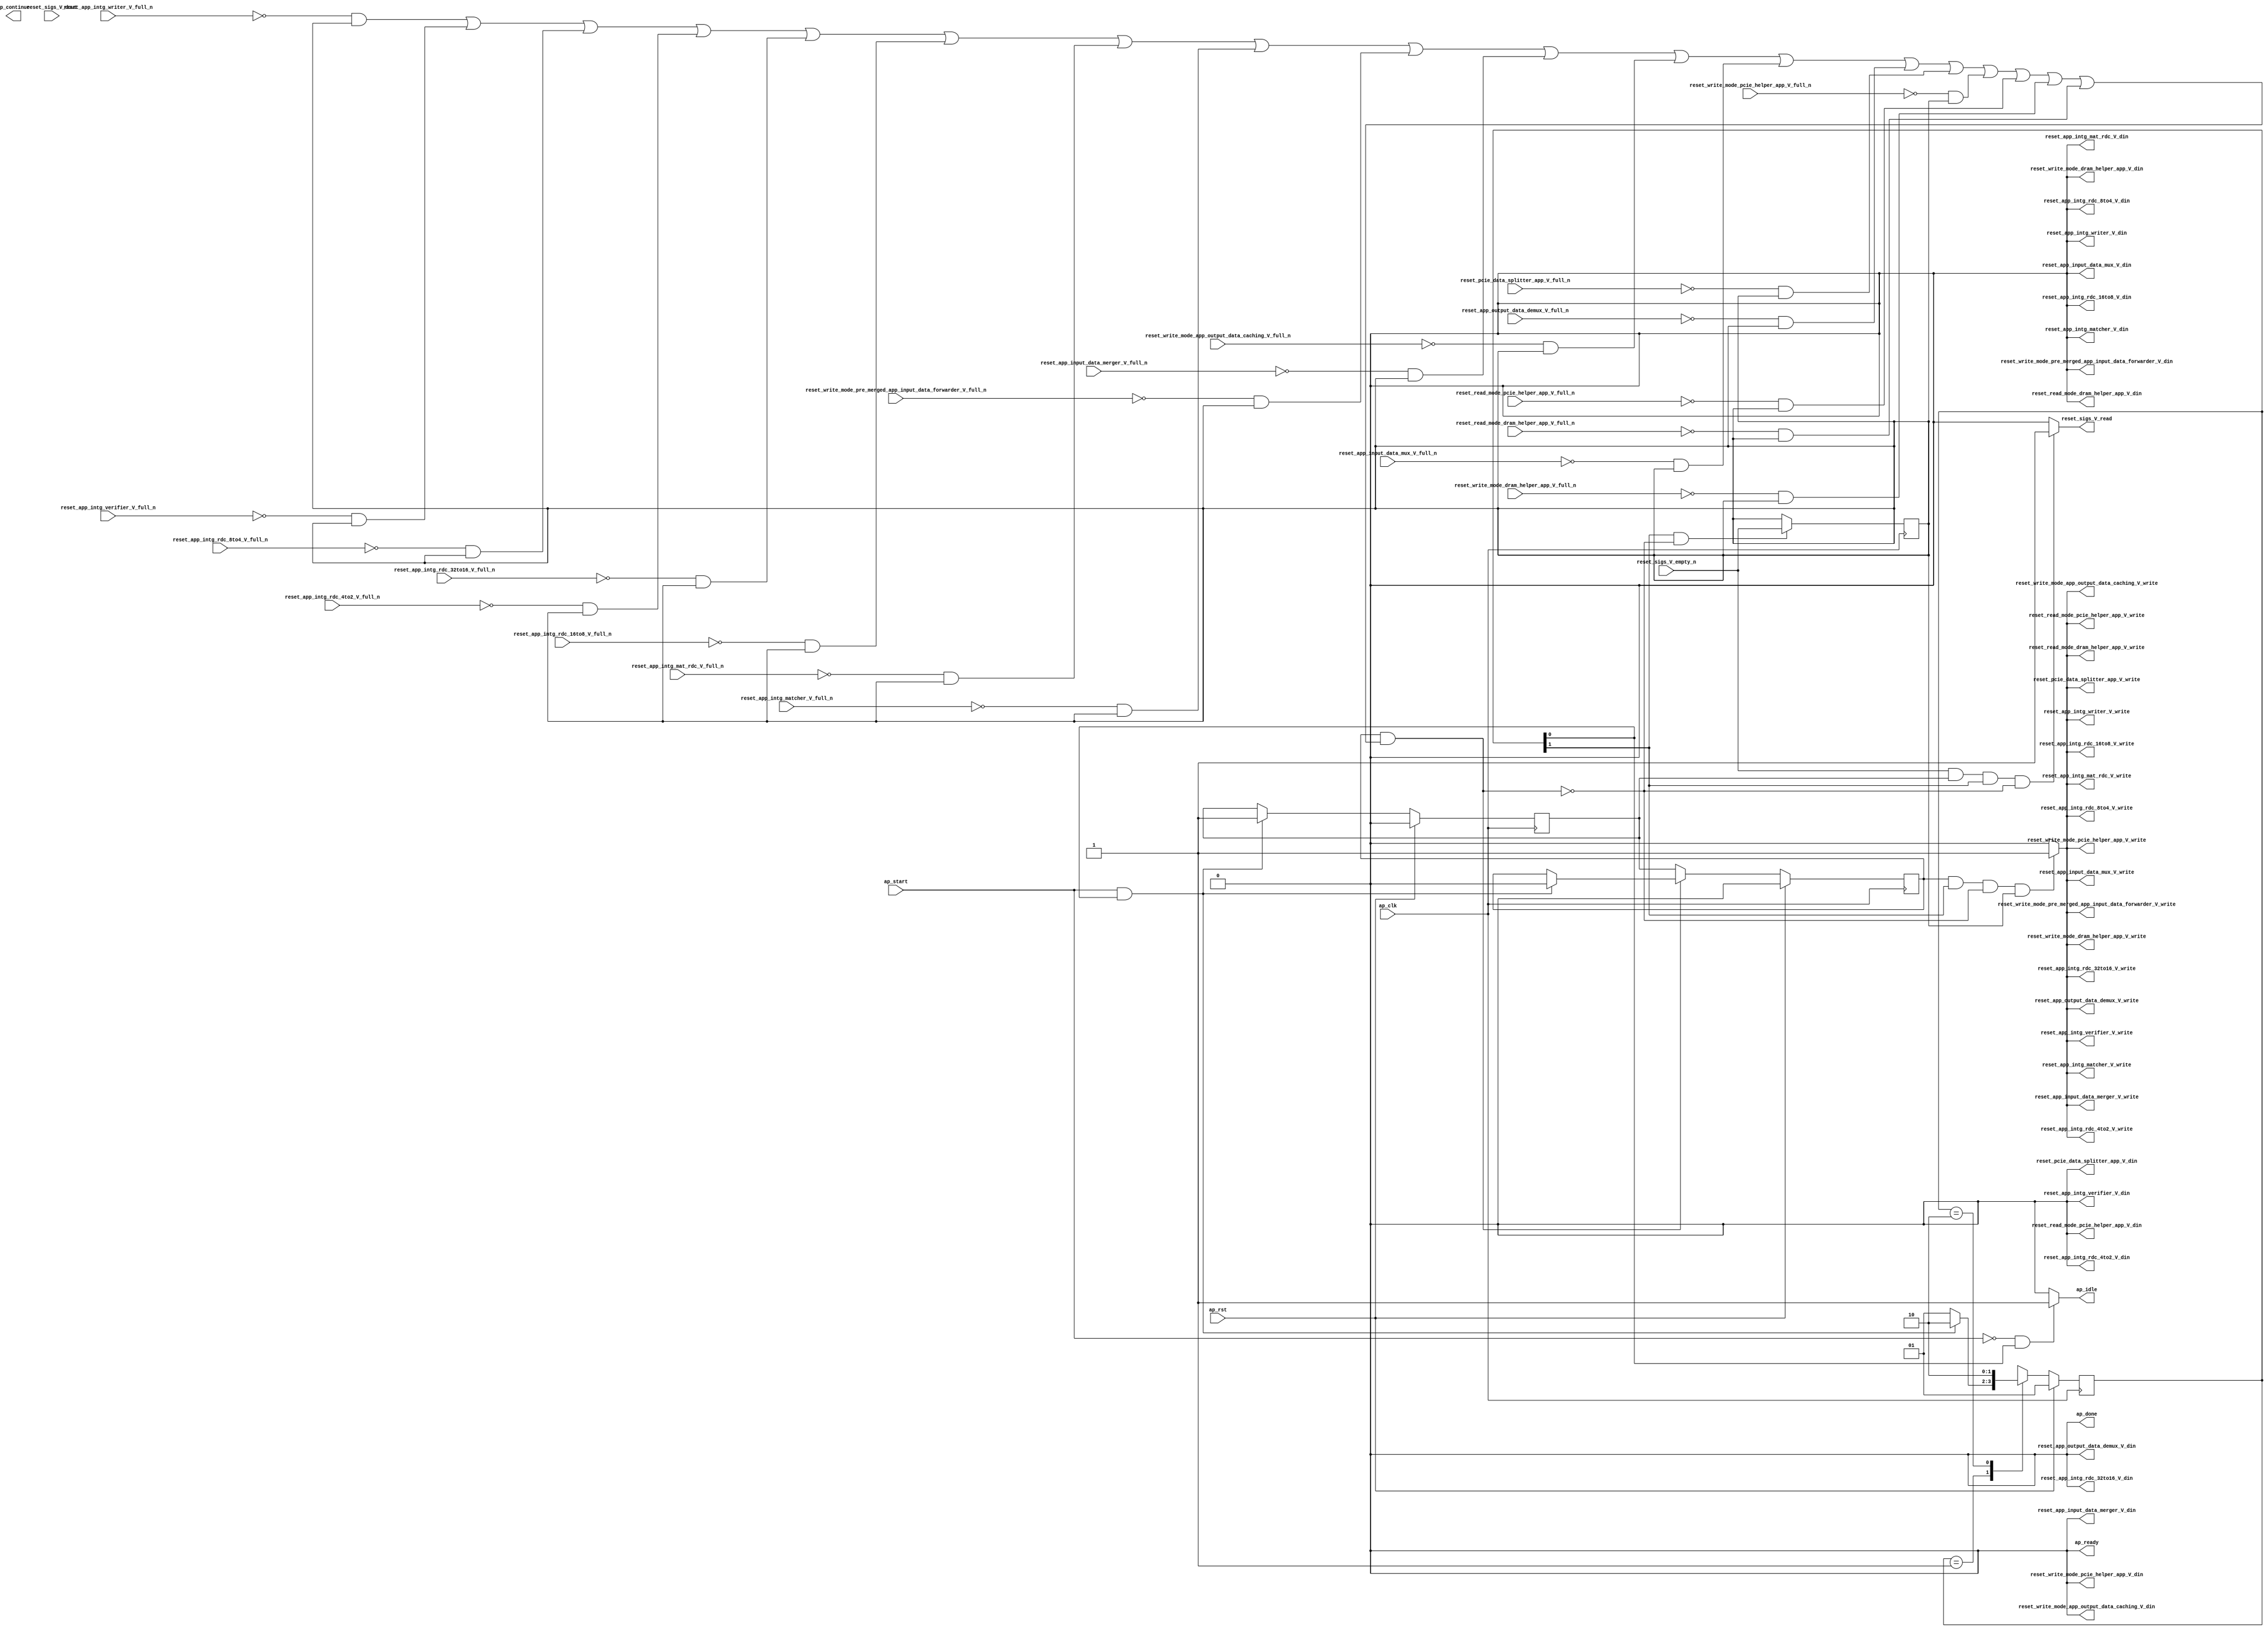
// ==============================================================
// RTL generated by Vivado(TM) HLS - High-Level Synthesis from C, C++ and SystemC
// Version: 2017.4.op
// Copyright (C) 1986-2018 Xilinx, Inc. All Rights Reserved.
// 
// ===========================================================

`timescale 1 ns / 1 ps 

(* CORE_GENERATION_INFO="reset_propaganda,hls_ip_2017_4_op,{HLS_INPUT_TYPE=cxx,HLS_INPUT_FLOAT=0,HLS_INPUT_FIXED=0,HLS_INPUT_PART=xcvu9p-flgb2104-2-i,HLS_INPUT_CLOCK=4.000000,HLS_INPUT_ARCH=others,HLS_SYN_CLOCK=1.458000,HLS_SYN_LAT=-1,HLS_SYN_TPT=none,HLS_SYN_MEM=0,HLS_SYN_DSP=0,HLS_SYN_FF=5,HLS_SYN_LUT=213}" *)

module reset_propaganda (
        ap_clk,
        ap_rst,
        ap_start,
        ap_done,
ap_continue,
        ap_idle,
        ap_ready,
        reset_app_intg_matcher_V_din,
        reset_app_intg_matcher_V_full_n,
        reset_app_intg_matcher_V_write,
        reset_app_intg_mat_rdc_V_din,
        reset_app_intg_mat_rdc_V_full_n,
        reset_app_intg_mat_rdc_V_write,
        reset_app_intg_rdc_16to8_V_din,
        reset_app_intg_rdc_16to8_V_full_n,
        reset_app_intg_rdc_16to8_V_write,
        reset_app_intg_rdc_32to16_V_din,
        reset_app_intg_rdc_32to16_V_full_n,
        reset_app_intg_rdc_32to16_V_write,
        reset_app_intg_rdc_4to2_V_din,
        reset_app_intg_rdc_4to2_V_full_n,
        reset_app_intg_rdc_4to2_V_write,
        reset_app_intg_rdc_8to4_V_din,
        reset_app_intg_rdc_8to4_V_full_n,
        reset_app_intg_rdc_8to4_V_write,
        reset_app_intg_verifier_V_din,
        reset_app_intg_verifier_V_full_n,
        reset_app_intg_verifier_V_write,
        reset_app_intg_writer_V_din,
        reset_app_intg_writer_V_full_n,
        reset_app_intg_writer_V_write,
        reset_sigs_V_dout,
        reset_sigs_V_empty_n,
        reset_sigs_V_read,
        reset_read_mode_dram_helper_app_V_din,
        reset_read_mode_dram_helper_app_V_full_n,
        reset_read_mode_dram_helper_app_V_write,
        reset_write_mode_dram_helper_app_V_din,
        reset_write_mode_dram_helper_app_V_full_n,
        reset_write_mode_dram_helper_app_V_write,
        reset_read_mode_pcie_helper_app_V_din,
        reset_read_mode_pcie_helper_app_V_full_n,
        reset_read_mode_pcie_helper_app_V_write,
        reset_write_mode_pcie_helper_app_V_din,
        reset_write_mode_pcie_helper_app_V_full_n,
        reset_write_mode_pcie_helper_app_V_write,
        reset_pcie_data_splitter_app_V_din,
        reset_pcie_data_splitter_app_V_full_n,
        reset_pcie_data_splitter_app_V_write,
        reset_app_output_data_demux_V_din,
        reset_app_output_data_demux_V_full_n,
        reset_app_output_data_demux_V_write,
        reset_app_input_data_mux_V_din,
        reset_app_input_data_mux_V_full_n,
        reset_app_input_data_mux_V_write,
        reset_write_mode_app_output_data_caching_V_din,
        reset_write_mode_app_output_data_caching_V_full_n,
        reset_write_mode_app_output_data_caching_V_write,
        reset_app_input_data_merger_V_din,
        reset_app_input_data_merger_V_full_n,
        reset_app_input_data_merger_V_write,
        reset_write_mode_pre_merged_app_input_data_forwarder_V_din,
        reset_write_mode_pre_merged_app_input_data_forwarder_V_full_n,
        reset_write_mode_pre_merged_app_input_data_forwarder_V_write
);

parameter    ap_ST_fsm_state1 = 2'd1;
parameter    ap_ST_fsm_pp0_stage0 = 2'd2;

input   ap_clk;
input   ap_rst;
input   ap_start;
output   ap_done;
output   ap_idle;
output ap_ready; output ap_continue;
output   reset_app_intg_matcher_V_din;
input   reset_app_intg_matcher_V_full_n;
output   reset_app_intg_matcher_V_write;
output   reset_app_intg_mat_rdc_V_din;
input   reset_app_intg_mat_rdc_V_full_n;
output   reset_app_intg_mat_rdc_V_write;
output   reset_app_intg_rdc_16to8_V_din;
input   reset_app_intg_rdc_16to8_V_full_n;
output   reset_app_intg_rdc_16to8_V_write;
output   reset_app_intg_rdc_32to16_V_din;
input   reset_app_intg_rdc_32to16_V_full_n;
output   reset_app_intg_rdc_32to16_V_write;
output   reset_app_intg_rdc_4to2_V_din;
input   reset_app_intg_rdc_4to2_V_full_n;
output   reset_app_intg_rdc_4to2_V_write;
output   reset_app_intg_rdc_8to4_V_din;
input   reset_app_intg_rdc_8to4_V_full_n;
output   reset_app_intg_rdc_8to4_V_write;
output   reset_app_intg_verifier_V_din;
input   reset_app_intg_verifier_V_full_n;
output   reset_app_intg_verifier_V_write;
output   reset_app_intg_writer_V_din;
input   reset_app_intg_writer_V_full_n;
output   reset_app_intg_writer_V_write;
input   reset_sigs_V_dout;
input   reset_sigs_V_empty_n;
output   reset_sigs_V_read;
output   reset_read_mode_dram_helper_app_V_din;
input   reset_read_mode_dram_helper_app_V_full_n;
output   reset_read_mode_dram_helper_app_V_write;
output   reset_write_mode_dram_helper_app_V_din;
input   reset_write_mode_dram_helper_app_V_full_n;
output   reset_write_mode_dram_helper_app_V_write;
output   reset_read_mode_pcie_helper_app_V_din;
input   reset_read_mode_pcie_helper_app_V_full_n;
output   reset_read_mode_pcie_helper_app_V_write;
output   reset_write_mode_pcie_helper_app_V_din;
input   reset_write_mode_pcie_helper_app_V_full_n;
output   reset_write_mode_pcie_helper_app_V_write;
output   reset_pcie_data_splitter_app_V_din;
input   reset_pcie_data_splitter_app_V_full_n;
output   reset_pcie_data_splitter_app_V_write;
output   reset_app_output_data_demux_V_din;
input   reset_app_output_data_demux_V_full_n;
output   reset_app_output_data_demux_V_write;
output   reset_app_input_data_mux_V_din;
input   reset_app_input_data_mux_V_full_n;
output   reset_app_input_data_mux_V_write;
output   reset_write_mode_app_output_data_caching_V_din;
input   reset_write_mode_app_output_data_caching_V_full_n;
output   reset_write_mode_app_output_data_caching_V_write;
output   reset_app_input_data_merger_V_din;
input   reset_app_input_data_merger_V_full_n;
output   reset_app_input_data_merger_V_write;
output   reset_write_mode_pre_merged_app_input_data_forwarder_V_din;
input   reset_write_mode_pre_merged_app_input_data_forwarder_V_full_n;
output   reset_write_mode_pre_merged_app_input_data_forwarder_V_write;

reg ap_idle;
reg reset_app_intg_matcher_V_write;
reg reset_app_intg_mat_rdc_V_write;
reg reset_app_intg_rdc_16to8_V_write;
reg reset_app_intg_rdc_32to16_V_write;
reg reset_app_intg_rdc_4to2_V_write;
reg reset_app_intg_rdc_8to4_V_write;
reg reset_app_intg_verifier_V_write;
reg reset_app_intg_writer_V_write;
reg reset_sigs_V_read;
reg reset_read_mode_dram_helper_app_V_write;
reg reset_write_mode_dram_helper_app_V_write;
reg reset_read_mode_pcie_helper_app_V_write;
reg reset_write_mode_pcie_helper_app_V_write;
reg reset_pcie_data_splitter_app_V_write;
reg reset_app_output_data_demux_V_write;
reg reset_app_input_data_mux_V_write;
reg reset_write_mode_app_output_data_caching_V_write;
reg reset_app_input_data_merger_V_write;
reg reset_write_mode_pre_merged_app_input_data_forwarder_V_write;

(* fsm_encoding = "none" *) reg   [1:0] ap_CS_fsm;
wire    ap_CS_fsm_state1;
reg    reset_app_intg_matcher_V_blk_n;
wire    ap_CS_fsm_pp0_stage0;
reg    ap_enable_reg_pp0_iter1;
wire    ap_block_pp0_stage0;
reg   [0:0] empty_n_reg_456;
reg    reset_app_intg_mat_rdc_V_blk_n;
reg    reset_app_intg_rdc_16to8_V_blk_n;
reg    reset_app_intg_rdc_32to16_V_blk_n;
reg    reset_app_intg_rdc_4to2_V_blk_n;
reg    reset_app_intg_rdc_8to4_V_blk_n;
reg    reset_app_intg_verifier_V_blk_n;
reg    reset_app_intg_writer_V_blk_n;
reg    reset_read_mode_dram_helper_app_V_blk_n;
reg    reset_write_mode_dram_helper_app_V_blk_n;
reg    reset_read_mode_pcie_helper_app_V_blk_n;
reg    reset_write_mode_pcie_helper_app_V_blk_n;
reg    reset_pcie_data_splitter_app_V_blk_n;
reg    reset_app_output_data_demux_V_blk_n;
reg    reset_app_input_data_mux_V_blk_n;
reg    reset_write_mode_app_output_data_caching_V_blk_n;
reg    reset_app_input_data_merger_V_blk_n;
reg    reset_write_mode_pre_merged_app_input_data_forwarder_V_blk_n;
wire    ap_block_state2_pp0_stage0_iter0;
reg    ap_block_state3_pp0_stage0_iter1;
reg    ap_block_pp0_stage0_11001;
reg    ap_enable_reg_pp0_iter0;
reg    ap_block_pp0_stage0_subdone;
reg    ap_block_pp0_stage0_01001;
reg   [1:0] ap_NS_fsm;
reg    ap_idle_pp0;
wire    ap_enable_pp0;

// power-on initialization
initial begin
#0 ap_CS_fsm = 2'd1;
#0 ap_enable_reg_pp0_iter1 = 1'b0;
#0 ap_enable_reg_pp0_iter0 = 1'b0;
end

always @ (posedge ap_clk) begin
    if (ap_rst == 1'b1) begin
        ap_CS_fsm <= ap_ST_fsm_state1;
    end else begin
        ap_CS_fsm <= ap_NS_fsm;
    end
end

always @ (posedge ap_clk) begin
    if (ap_rst == 1'b1) begin
        ap_enable_reg_pp0_iter0 <= 1'b0;
    end else begin
        if (((ap_start == 1'b1) & (1'b1 == ap_CS_fsm_state1))) begin
            ap_enable_reg_pp0_iter0 <= 1'b1;
        end
    end
end

always @ (posedge ap_clk) begin
    if (ap_rst == 1'b1) begin
        ap_enable_reg_pp0_iter1 <= 1'b0;
    end else begin
        if ((1'b0 == ap_block_pp0_stage0_subdone)) begin
            ap_enable_reg_pp0_iter1 <= ap_enable_reg_pp0_iter0;
        end else if (((ap_start == 1'b1) & (1'b1 == ap_CS_fsm_state1))) begin
            ap_enable_reg_pp0_iter1 <= 1'b0;
        end
    end
end

always @ (posedge ap_clk) begin
    if (((1'b1 == ap_CS_fsm_pp0_stage0) & (1'b0 == ap_block_pp0_stage0_11001))) begin
        empty_n_reg_456 <= reset_sigs_V_empty_n;
    end
end

always @ (*) begin
    if (((ap_start == 1'b0) & (1'b1 == ap_CS_fsm_state1))) begin
        ap_idle = 1'b1;
    end else begin
        ap_idle = 1'b0;
    end
end

always @ (*) begin
    if (((ap_enable_reg_pp0_iter0 == 1'b0) & (ap_enable_reg_pp0_iter1 == 1'b0))) begin
        ap_idle_pp0 = 1'b1;
    end else begin
        ap_idle_pp0 = 1'b0;
    end
end

always @ (*) begin
    if (((ap_enable_reg_pp0_iter1 == 1'b1) & (1'b1 == ap_CS_fsm_pp0_stage0) & (empty_n_reg_456 == 1'd1) & (1'b0 == ap_block_pp0_stage0))) begin
        reset_app_input_data_merger_V_blk_n = reset_app_input_data_merger_V_full_n;
    end else begin
        reset_app_input_data_merger_V_blk_n = 1'b1;
    end
end

always @ (*) begin
    if (((ap_enable_reg_pp0_iter1 == 1'b1) & (1'b1 == ap_CS_fsm_pp0_stage0) & (1'b0 == ap_block_pp0_stage0_11001) & (empty_n_reg_456 == 1'd1))) begin
        reset_app_input_data_merger_V_write = 1'b1;
    end else begin
        reset_app_input_data_merger_V_write = 1'b0;
    end
end

always @ (*) begin
    if (((ap_enable_reg_pp0_iter1 == 1'b1) & (1'b1 == ap_CS_fsm_pp0_stage0) & (empty_n_reg_456 == 1'd1) & (1'b0 == ap_block_pp0_stage0))) begin
        reset_app_input_data_mux_V_blk_n = reset_app_input_data_mux_V_full_n;
    end else begin
        reset_app_input_data_mux_V_blk_n = 1'b1;
    end
end

always @ (*) begin
    if (((ap_enable_reg_pp0_iter1 == 1'b1) & (1'b1 == ap_CS_fsm_pp0_stage0) & (1'b0 == ap_block_pp0_stage0_11001) & (empty_n_reg_456 == 1'd1))) begin
        reset_app_input_data_mux_V_write = 1'b1;
    end else begin
        reset_app_input_data_mux_V_write = 1'b0;
    end
end

always @ (*) begin
    if (((ap_enable_reg_pp0_iter1 == 1'b1) & (1'b1 == ap_CS_fsm_pp0_stage0) & (empty_n_reg_456 == 1'd1) & (1'b0 == ap_block_pp0_stage0))) begin
        reset_app_intg_mat_rdc_V_blk_n = reset_app_intg_mat_rdc_V_full_n;
    end else begin
        reset_app_intg_mat_rdc_V_blk_n = 1'b1;
    end
end

always @ (*) begin
    if (((ap_enable_reg_pp0_iter1 == 1'b1) & (1'b1 == ap_CS_fsm_pp0_stage0) & (1'b0 == ap_block_pp0_stage0_11001) & (empty_n_reg_456 == 1'd1))) begin
        reset_app_intg_mat_rdc_V_write = 1'b1;
    end else begin
        reset_app_intg_mat_rdc_V_write = 1'b0;
    end
end

always @ (*) begin
    if (((ap_enable_reg_pp0_iter1 == 1'b1) & (1'b1 == ap_CS_fsm_pp0_stage0) & (empty_n_reg_456 == 1'd1) & (1'b0 == ap_block_pp0_stage0))) begin
        reset_app_intg_matcher_V_blk_n = reset_app_intg_matcher_V_full_n;
    end else begin
        reset_app_intg_matcher_V_blk_n = 1'b1;
    end
end

always @ (*) begin
    if (((ap_enable_reg_pp0_iter1 == 1'b1) & (1'b1 == ap_CS_fsm_pp0_stage0) & (1'b0 == ap_block_pp0_stage0_11001) & (empty_n_reg_456 == 1'd1))) begin
        reset_app_intg_matcher_V_write = 1'b1;
    end else begin
        reset_app_intg_matcher_V_write = 1'b0;
    end
end

always @ (*) begin
    if (((ap_enable_reg_pp0_iter1 == 1'b1) & (1'b1 == ap_CS_fsm_pp0_stage0) & (empty_n_reg_456 == 1'd1) & (1'b0 == ap_block_pp0_stage0))) begin
        reset_app_intg_rdc_16to8_V_blk_n = reset_app_intg_rdc_16to8_V_full_n;
    end else begin
        reset_app_intg_rdc_16to8_V_blk_n = 1'b1;
    end
end

always @ (*) begin
    if (((ap_enable_reg_pp0_iter1 == 1'b1) & (1'b1 == ap_CS_fsm_pp0_stage0) & (1'b0 == ap_block_pp0_stage0_11001) & (empty_n_reg_456 == 1'd1))) begin
        reset_app_intg_rdc_16to8_V_write = 1'b1;
    end else begin
        reset_app_intg_rdc_16to8_V_write = 1'b0;
    end
end

always @ (*) begin
    if (((ap_enable_reg_pp0_iter1 == 1'b1) & (1'b1 == ap_CS_fsm_pp0_stage0) & (empty_n_reg_456 == 1'd1) & (1'b0 == ap_block_pp0_stage0))) begin
        reset_app_intg_rdc_32to16_V_blk_n = reset_app_intg_rdc_32to16_V_full_n;
    end else begin
        reset_app_intg_rdc_32to16_V_blk_n = 1'b1;
    end
end

always @ (*) begin
    if (((ap_enable_reg_pp0_iter1 == 1'b1) & (1'b1 == ap_CS_fsm_pp0_stage0) & (1'b0 == ap_block_pp0_stage0_11001) & (empty_n_reg_456 == 1'd1))) begin
        reset_app_intg_rdc_32to16_V_write = 1'b1;
    end else begin
        reset_app_intg_rdc_32to16_V_write = 1'b0;
    end
end

always @ (*) begin
    if (((ap_enable_reg_pp0_iter1 == 1'b1) & (1'b1 == ap_CS_fsm_pp0_stage0) & (empty_n_reg_456 == 1'd1) & (1'b0 == ap_block_pp0_stage0))) begin
        reset_app_intg_rdc_4to2_V_blk_n = reset_app_intg_rdc_4to2_V_full_n;
    end else begin
        reset_app_intg_rdc_4to2_V_blk_n = 1'b1;
    end
end

always @ (*) begin
    if (((ap_enable_reg_pp0_iter1 == 1'b1) & (1'b1 == ap_CS_fsm_pp0_stage0) & (1'b0 == ap_block_pp0_stage0_11001) & (empty_n_reg_456 == 1'd1))) begin
        reset_app_intg_rdc_4to2_V_write = 1'b1;
    end else begin
        reset_app_intg_rdc_4to2_V_write = 1'b0;
    end
end

always @ (*) begin
    if (((ap_enable_reg_pp0_iter1 == 1'b1) & (1'b1 == ap_CS_fsm_pp0_stage0) & (empty_n_reg_456 == 1'd1) & (1'b0 == ap_block_pp0_stage0))) begin
        reset_app_intg_rdc_8to4_V_blk_n = reset_app_intg_rdc_8to4_V_full_n;
    end else begin
        reset_app_intg_rdc_8to4_V_blk_n = 1'b1;
    end
end

always @ (*) begin
    if (((ap_enable_reg_pp0_iter1 == 1'b1) & (1'b1 == ap_CS_fsm_pp0_stage0) & (1'b0 == ap_block_pp0_stage0_11001) & (empty_n_reg_456 == 1'd1))) begin
        reset_app_intg_rdc_8to4_V_write = 1'b1;
    end else begin
        reset_app_intg_rdc_8to4_V_write = 1'b0;
    end
end

always @ (*) begin
    if (((ap_enable_reg_pp0_iter1 == 1'b1) & (1'b1 == ap_CS_fsm_pp0_stage0) & (empty_n_reg_456 == 1'd1) & (1'b0 == ap_block_pp0_stage0))) begin
        reset_app_intg_verifier_V_blk_n = reset_app_intg_verifier_V_full_n;
    end else begin
        reset_app_intg_verifier_V_blk_n = 1'b1;
    end
end

always @ (*) begin
    if (((ap_enable_reg_pp0_iter1 == 1'b1) & (1'b1 == ap_CS_fsm_pp0_stage0) & (1'b0 == ap_block_pp0_stage0_11001) & (empty_n_reg_456 == 1'd1))) begin
        reset_app_intg_verifier_V_write = 1'b1;
    end else begin
        reset_app_intg_verifier_V_write = 1'b0;
    end
end

always @ (*) begin
    if (((ap_enable_reg_pp0_iter1 == 1'b1) & (1'b1 == ap_CS_fsm_pp0_stage0) & (empty_n_reg_456 == 1'd1) & (1'b0 == ap_block_pp0_stage0))) begin
        reset_app_intg_writer_V_blk_n = reset_app_intg_writer_V_full_n;
    end else begin
        reset_app_intg_writer_V_blk_n = 1'b1;
    end
end

always @ (*) begin
    if (((ap_enable_reg_pp0_iter1 == 1'b1) & (1'b1 == ap_CS_fsm_pp0_stage0) & (1'b0 == ap_block_pp0_stage0_11001) & (empty_n_reg_456 == 1'd1))) begin
        reset_app_intg_writer_V_write = 1'b1;
    end else begin
        reset_app_intg_writer_V_write = 1'b0;
    end
end

always @ (*) begin
    if (((ap_enable_reg_pp0_iter1 == 1'b1) & (1'b1 == ap_CS_fsm_pp0_stage0) & (empty_n_reg_456 == 1'd1) & (1'b0 == ap_block_pp0_stage0))) begin
        reset_app_output_data_demux_V_blk_n = reset_app_output_data_demux_V_full_n;
    end else begin
        reset_app_output_data_demux_V_blk_n = 1'b1;
    end
end

always @ (*) begin
    if (((ap_enable_reg_pp0_iter1 == 1'b1) & (1'b1 == ap_CS_fsm_pp0_stage0) & (1'b0 == ap_block_pp0_stage0_11001) & (empty_n_reg_456 == 1'd1))) begin
        reset_app_output_data_demux_V_write = 1'b1;
    end else begin
        reset_app_output_data_demux_V_write = 1'b0;
    end
end

always @ (*) begin
    if (((ap_enable_reg_pp0_iter1 == 1'b1) & (1'b1 == ap_CS_fsm_pp0_stage0) & (empty_n_reg_456 == 1'd1) & (1'b0 == ap_block_pp0_stage0))) begin
        reset_pcie_data_splitter_app_V_blk_n = reset_pcie_data_splitter_app_V_full_n;
    end else begin
        reset_pcie_data_splitter_app_V_blk_n = 1'b1;
    end
end

always @ (*) begin
    if (((ap_enable_reg_pp0_iter1 == 1'b1) & (1'b1 == ap_CS_fsm_pp0_stage0) & (1'b0 == ap_block_pp0_stage0_11001) & (empty_n_reg_456 == 1'd1))) begin
        reset_pcie_data_splitter_app_V_write = 1'b1;
    end else begin
        reset_pcie_data_splitter_app_V_write = 1'b0;
    end
end

always @ (*) begin
    if (((ap_enable_reg_pp0_iter1 == 1'b1) & (1'b1 == ap_CS_fsm_pp0_stage0) & (empty_n_reg_456 == 1'd1) & (1'b0 == ap_block_pp0_stage0))) begin
        reset_read_mode_dram_helper_app_V_blk_n = reset_read_mode_dram_helper_app_V_full_n;
    end else begin
        reset_read_mode_dram_helper_app_V_blk_n = 1'b1;
    end
end

always @ (*) begin
    if (((ap_enable_reg_pp0_iter1 == 1'b1) & (1'b1 == ap_CS_fsm_pp0_stage0) & (1'b0 == ap_block_pp0_stage0_11001) & (empty_n_reg_456 == 1'd1))) begin
        reset_read_mode_dram_helper_app_V_write = 1'b1;
    end else begin
        reset_read_mode_dram_helper_app_V_write = 1'b0;
    end
end

always @ (*) begin
    if (((ap_enable_reg_pp0_iter1 == 1'b1) & (1'b1 == ap_CS_fsm_pp0_stage0) & (empty_n_reg_456 == 1'd1) & (1'b0 == ap_block_pp0_stage0))) begin
        reset_read_mode_pcie_helper_app_V_blk_n = reset_read_mode_pcie_helper_app_V_full_n;
    end else begin
        reset_read_mode_pcie_helper_app_V_blk_n = 1'b1;
    end
end

always @ (*) begin
    if (((ap_enable_reg_pp0_iter1 == 1'b1) & (1'b1 == ap_CS_fsm_pp0_stage0) & (1'b0 == ap_block_pp0_stage0_11001) & (empty_n_reg_456 == 1'd1))) begin
        reset_read_mode_pcie_helper_app_V_write = 1'b1;
    end else begin
        reset_read_mode_pcie_helper_app_V_write = 1'b0;
    end
end

always @ (*) begin
    if (((reset_sigs_V_empty_n == 1'b1) & (ap_enable_reg_pp0_iter0 == 1'b1) & (1'b1 == ap_CS_fsm_pp0_stage0) & (1'b0 == ap_block_pp0_stage0_11001))) begin
        reset_sigs_V_read = 1'b1;
    end else begin
        reset_sigs_V_read = 1'b0;
    end
end

always @ (*) begin
    if (((ap_enable_reg_pp0_iter1 == 1'b1) & (1'b1 == ap_CS_fsm_pp0_stage0) & (empty_n_reg_456 == 1'd1) & (1'b0 == ap_block_pp0_stage0))) begin
        reset_write_mode_app_output_data_caching_V_blk_n = reset_write_mode_app_output_data_caching_V_full_n;
    end else begin
        reset_write_mode_app_output_data_caching_V_blk_n = 1'b1;
    end
end

always @ (*) begin
    if (((ap_enable_reg_pp0_iter1 == 1'b1) & (1'b1 == ap_CS_fsm_pp0_stage0) & (1'b0 == ap_block_pp0_stage0_11001) & (empty_n_reg_456 == 1'd1))) begin
        reset_write_mode_app_output_data_caching_V_write = 1'b1;
    end else begin
        reset_write_mode_app_output_data_caching_V_write = 1'b0;
    end
end

always @ (*) begin
    if (((ap_enable_reg_pp0_iter1 == 1'b1) & (1'b1 == ap_CS_fsm_pp0_stage0) & (empty_n_reg_456 == 1'd1) & (1'b0 == ap_block_pp0_stage0))) begin
        reset_write_mode_dram_helper_app_V_blk_n = reset_write_mode_dram_helper_app_V_full_n;
    end else begin
        reset_write_mode_dram_helper_app_V_blk_n = 1'b1;
    end
end

always @ (*) begin
    if (((ap_enable_reg_pp0_iter1 == 1'b1) & (1'b1 == ap_CS_fsm_pp0_stage0) & (1'b0 == ap_block_pp0_stage0_11001) & (empty_n_reg_456 == 1'd1))) begin
        reset_write_mode_dram_helper_app_V_write = 1'b1;
    end else begin
        reset_write_mode_dram_helper_app_V_write = 1'b0;
    end
end

always @ (*) begin
    if (((ap_enable_reg_pp0_iter1 == 1'b1) & (1'b1 == ap_CS_fsm_pp0_stage0) & (empty_n_reg_456 == 1'd1) & (1'b0 == ap_block_pp0_stage0))) begin
        reset_write_mode_pcie_helper_app_V_blk_n = reset_write_mode_pcie_helper_app_V_full_n;
    end else begin
        reset_write_mode_pcie_helper_app_V_blk_n = 1'b1;
    end
end

always @ (*) begin
    if (((ap_enable_reg_pp0_iter1 == 1'b1) & (1'b1 == ap_CS_fsm_pp0_stage0) & (1'b0 == ap_block_pp0_stage0_11001) & (empty_n_reg_456 == 1'd1))) begin
        reset_write_mode_pcie_helper_app_V_write = 1'b1;
    end else begin
        reset_write_mode_pcie_helper_app_V_write = 1'b0;
    end
end

always @ (*) begin
    if (((ap_enable_reg_pp0_iter1 == 1'b1) & (1'b1 == ap_CS_fsm_pp0_stage0) & (empty_n_reg_456 == 1'd1) & (1'b0 == ap_block_pp0_stage0))) begin
        reset_write_mode_pre_merged_app_input_data_forwarder_V_blk_n = reset_write_mode_pre_merged_app_input_data_forwarder_V_full_n;
    end else begin
        reset_write_mode_pre_merged_app_input_data_forwarder_V_blk_n = 1'b1;
    end
end

always @ (*) begin
    if (((ap_enable_reg_pp0_iter1 == 1'b1) & (1'b1 == ap_CS_fsm_pp0_stage0) & (1'b0 == ap_block_pp0_stage0_11001) & (empty_n_reg_456 == 1'd1))) begin
        reset_write_mode_pre_merged_app_input_data_forwarder_V_write = 1'b1;
    end else begin
        reset_write_mode_pre_merged_app_input_data_forwarder_V_write = 1'b0;
    end
end

always @ (*) begin
    case (ap_CS_fsm)
        ap_ST_fsm_state1 : begin
            if (((ap_start == 1'b1) & (1'b1 == ap_CS_fsm_state1))) begin
                ap_NS_fsm = ap_ST_fsm_pp0_stage0;
            end else begin
                ap_NS_fsm = ap_ST_fsm_state1;
            end
        end
        ap_ST_fsm_pp0_stage0 : begin
            ap_NS_fsm = ap_ST_fsm_pp0_stage0;
        end
        default : begin
            ap_NS_fsm = 'bx;
        end
    endcase
end

assign ap_CS_fsm_pp0_stage0 = ap_CS_fsm[32'd1];

assign ap_CS_fsm_state1 = ap_CS_fsm[32'd0];

assign ap_block_pp0_stage0 = ~(1'b1 == 1'b1);

always @ (*) begin
    ap_block_pp0_stage0_01001 = ((ap_enable_reg_pp0_iter1 == 1'b1) & (((reset_app_intg_writer_V_full_n == 1'b0) & (empty_n_reg_456 == 1'd1)) | ((reset_app_intg_verifier_V_full_n == 1'b0) & (empty_n_reg_456 == 1'd1)) | ((reset_app_intg_rdc_8to4_V_full_n == 1'b0) & (empty_n_reg_456 == 1'd1)) | ((reset_app_intg_rdc_4to2_V_full_n == 1'b0) & (empty_n_reg_456 == 1'd1)) | ((reset_app_intg_rdc_32to16_V_full_n == 1'b0) & (empty_n_reg_456 == 1'd1)) | ((reset_app_intg_rdc_16to8_V_full_n == 1'b0) & (empty_n_reg_456 == 1'd1)) | ((reset_app_intg_mat_rdc_V_full_n == 1'b0) & (empty_n_reg_456 == 1'd1)) | ((reset_app_intg_matcher_V_full_n == 1'b0) & (empty_n_reg_456 == 1'd1)) | ((reset_write_mode_pre_merged_app_input_data_forwarder_V_full_n == 1'b0) & (empty_n_reg_456 == 1'd1)) | ((reset_app_input_data_merger_V_full_n == 1'b0) & (empty_n_reg_456 == 1'd1)) | ((reset_write_mode_app_output_data_caching_V_full_n == 1'b0) & (empty_n_reg_456 == 1'd1)) | ((reset_app_input_data_mux_V_full_n == 1'b0) & (empty_n_reg_456 == 1'd1)) | ((reset_app_output_data_demux_V_full_n == 1'b0) & (empty_n_reg_456 == 1'd1)) | ((reset_pcie_data_splitter_app_V_full_n == 1'b0) & (empty_n_reg_456 == 1'd1)) | ((reset_write_mode_pcie_helper_app_V_full_n == 1'b0) & (empty_n_reg_456 == 1'd1)) | ((reset_read_mode_pcie_helper_app_V_full_n == 1'b0) & (empty_n_reg_456 == 1'd1)) | ((reset_write_mode_dram_helper_app_V_full_n == 1'b0) & (empty_n_reg_456 == 1'd1)) | ((reset_read_mode_dram_helper_app_V_full_n == 1'b0) & (empty_n_reg_456 == 1'd1))));
end

always @ (*) begin
    ap_block_pp0_stage0_11001 = ((ap_enable_reg_pp0_iter1 == 1'b1) & (((reset_app_intg_writer_V_full_n == 1'b0) & (empty_n_reg_456 == 1'd1)) | ((reset_app_intg_verifier_V_full_n == 1'b0) & (empty_n_reg_456 == 1'd1)) | ((reset_app_intg_rdc_8to4_V_full_n == 1'b0) & (empty_n_reg_456 == 1'd1)) | ((reset_app_intg_rdc_4to2_V_full_n == 1'b0) & (empty_n_reg_456 == 1'd1)) | ((reset_app_intg_rdc_32to16_V_full_n == 1'b0) & (empty_n_reg_456 == 1'd1)) | ((reset_app_intg_rdc_16to8_V_full_n == 1'b0) & (empty_n_reg_456 == 1'd1)) | ((reset_app_intg_mat_rdc_V_full_n == 1'b0) & (empty_n_reg_456 == 1'd1)) | ((reset_app_intg_matcher_V_full_n == 1'b0) & (empty_n_reg_456 == 1'd1)) | ((reset_write_mode_pre_merged_app_input_data_forwarder_V_full_n == 1'b0) & (empty_n_reg_456 == 1'd1)) | ((reset_app_input_data_merger_V_full_n == 1'b0) & (empty_n_reg_456 == 1'd1)) | ((reset_write_mode_app_output_data_caching_V_full_n == 1'b0) & (empty_n_reg_456 == 1'd1)) | ((reset_app_input_data_mux_V_full_n == 1'b0) & (empty_n_reg_456 == 1'd1)) | ((reset_app_output_data_demux_V_full_n == 1'b0) & (empty_n_reg_456 == 1'd1)) | ((reset_pcie_data_splitter_app_V_full_n == 1'b0) & (empty_n_reg_456 == 1'd1)) | ((reset_write_mode_pcie_helper_app_V_full_n == 1'b0) & (empty_n_reg_456 == 1'd1)) | ((reset_read_mode_pcie_helper_app_V_full_n == 1'b0) & (empty_n_reg_456 == 1'd1)) | ((reset_write_mode_dram_helper_app_V_full_n == 1'b0) & (empty_n_reg_456 == 1'd1)) | ((reset_read_mode_dram_helper_app_V_full_n == 1'b0) & (empty_n_reg_456 == 1'd1))));
end

always @ (*) begin
    ap_block_pp0_stage0_subdone = ((ap_enable_reg_pp0_iter1 == 1'b1) & (((reset_app_intg_writer_V_full_n == 1'b0) & (empty_n_reg_456 == 1'd1)) | ((reset_app_intg_verifier_V_full_n == 1'b0) & (empty_n_reg_456 == 1'd1)) | ((reset_app_intg_rdc_8to4_V_full_n == 1'b0) & (empty_n_reg_456 == 1'd1)) | ((reset_app_intg_rdc_4to2_V_full_n == 1'b0) & (empty_n_reg_456 == 1'd1)) | ((reset_app_intg_rdc_32to16_V_full_n == 1'b0) & (empty_n_reg_456 == 1'd1)) | ((reset_app_intg_rdc_16to8_V_full_n == 1'b0) & (empty_n_reg_456 == 1'd1)) | ((reset_app_intg_mat_rdc_V_full_n == 1'b0) & (empty_n_reg_456 == 1'd1)) | ((reset_app_intg_matcher_V_full_n == 1'b0) & (empty_n_reg_456 == 1'd1)) | ((reset_write_mode_pre_merged_app_input_data_forwarder_V_full_n == 1'b0) & (empty_n_reg_456 == 1'd1)) | ((reset_app_input_data_merger_V_full_n == 1'b0) & (empty_n_reg_456 == 1'd1)) | ((reset_write_mode_app_output_data_caching_V_full_n == 1'b0) & (empty_n_reg_456 == 1'd1)) | ((reset_app_input_data_mux_V_full_n == 1'b0) & (empty_n_reg_456 == 1'd1)) | ((reset_app_output_data_demux_V_full_n == 1'b0) & (empty_n_reg_456 == 1'd1)) | ((reset_pcie_data_splitter_app_V_full_n == 1'b0) & (empty_n_reg_456 == 1'd1)) | ((reset_write_mode_pcie_helper_app_V_full_n == 1'b0) & (empty_n_reg_456 == 1'd1)) | ((reset_read_mode_pcie_helper_app_V_full_n == 1'b0) & (empty_n_reg_456 == 1'd1)) | ((reset_write_mode_dram_helper_app_V_full_n == 1'b0) & (empty_n_reg_456 == 1'd1)) | ((reset_read_mode_dram_helper_app_V_full_n == 1'b0) & (empty_n_reg_456 == 1'd1))));
end

assign ap_block_state2_pp0_stage0_iter0 = ~(1'b1 == 1'b1);

always @ (*) begin
    ap_block_state3_pp0_stage0_iter1 = (((reset_app_intg_writer_V_full_n == 1'b0) & (empty_n_reg_456 == 1'd1)) | ((reset_app_intg_verifier_V_full_n == 1'b0) & (empty_n_reg_456 == 1'd1)) | ((reset_app_intg_rdc_8to4_V_full_n == 1'b0) & (empty_n_reg_456 == 1'd1)) | ((reset_app_intg_rdc_4to2_V_full_n == 1'b0) & (empty_n_reg_456 == 1'd1)) | ((reset_app_intg_rdc_32to16_V_full_n == 1'b0) & (empty_n_reg_456 == 1'd1)) | ((reset_app_intg_rdc_16to8_V_full_n == 1'b0) & (empty_n_reg_456 == 1'd1)) | ((reset_app_intg_mat_rdc_V_full_n == 1'b0) & (empty_n_reg_456 == 1'd1)) | ((reset_app_intg_matcher_V_full_n == 1'b0) & (empty_n_reg_456 == 1'd1)) | ((reset_write_mode_pre_merged_app_input_data_forwarder_V_full_n == 1'b0) & (empty_n_reg_456 == 1'd1)) | ((reset_app_input_data_merger_V_full_n == 1'b0) & (empty_n_reg_456 == 1'd1)) | ((reset_write_mode_app_output_data_caching_V_full_n == 1'b0) & (empty_n_reg_456 == 1'd1)) | ((reset_app_input_data_mux_V_full_n == 1'b0) & (empty_n_reg_456 == 1'd1)) | ((reset_app_output_data_demux_V_full_n == 1'b0) & (empty_n_reg_456 == 1'd1)) | ((reset_pcie_data_splitter_app_V_full_n == 1'b0) & (empty_n_reg_456 == 1'd1)) | ((reset_write_mode_pcie_helper_app_V_full_n == 1'b0) & (empty_n_reg_456 == 1'd1)) | ((reset_read_mode_pcie_helper_app_V_full_n == 1'b0) & (empty_n_reg_456 == 1'd1)) | ((reset_write_mode_dram_helper_app_V_full_n == 1'b0) & (empty_n_reg_456 == 1'd1)) | ((reset_read_mode_dram_helper_app_V_full_n == 1'b0) & (empty_n_reg_456 == 1'd1)));
end

assign ap_done = 1'b0;

assign ap_enable_pp0 = (ap_idle_pp0 ^ 1'b1);

assign ap_ready = 1'b0;

assign reset_app_input_data_merger_V_din = 1'd0;

assign reset_app_input_data_mux_V_din = 1'd0;

assign reset_app_intg_mat_rdc_V_din = 1'd0;

assign reset_app_intg_matcher_V_din = 1'd0;

assign reset_app_intg_rdc_16to8_V_din = 1'd0;

assign reset_app_intg_rdc_32to16_V_din = 1'd0;

assign reset_app_intg_rdc_4to2_V_din = 1'd0;

assign reset_app_intg_rdc_8to4_V_din = 1'd0;

assign reset_app_intg_verifier_V_din = 1'd0;

assign reset_app_intg_writer_V_din = 1'd0;

assign reset_app_output_data_demux_V_din = 1'd0;

assign reset_pcie_data_splitter_app_V_din = 1'd0;

assign reset_read_mode_dram_helper_app_V_din = 1'd0;

assign reset_read_mode_pcie_helper_app_V_din = 1'd0;

assign reset_write_mode_app_output_data_caching_V_din = 1'd0;

assign reset_write_mode_dram_helper_app_V_din = 1'd0;

assign reset_write_mode_pcie_helper_app_V_din = 1'd0;

assign reset_write_mode_pre_merged_app_input_data_forwarder_V_din = 1'd0;

endmodule //reset_propaganda